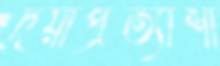
দয়াপ্রত্যাশী